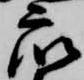
衆